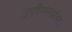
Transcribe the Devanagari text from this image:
उपहिमनद्यांवर